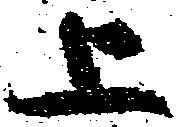
上